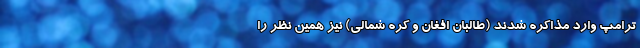
ترامپ وارد مذاکره شدند (طالبان افغان و کره شمالی) نیز همین نظر را